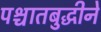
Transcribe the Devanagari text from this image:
पश्चातबुद्धीने